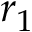
r _ { 1 }